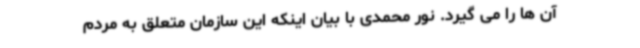
آن ها را می گیرد. نور محمدی با بیان اینکه این سازمان متعلق به مردم